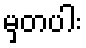
မှတပါး